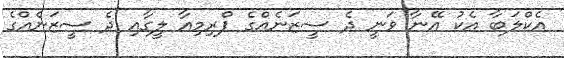
އެކްލަބާ އެކު އޭނާ ވަނީ ދެ ސީޒަނެއްގެ ޕްރިމިއާ ލީގާއި ދެ ސީޒަނެއްގެ